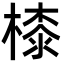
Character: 㯃